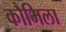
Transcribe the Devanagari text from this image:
कौमिला